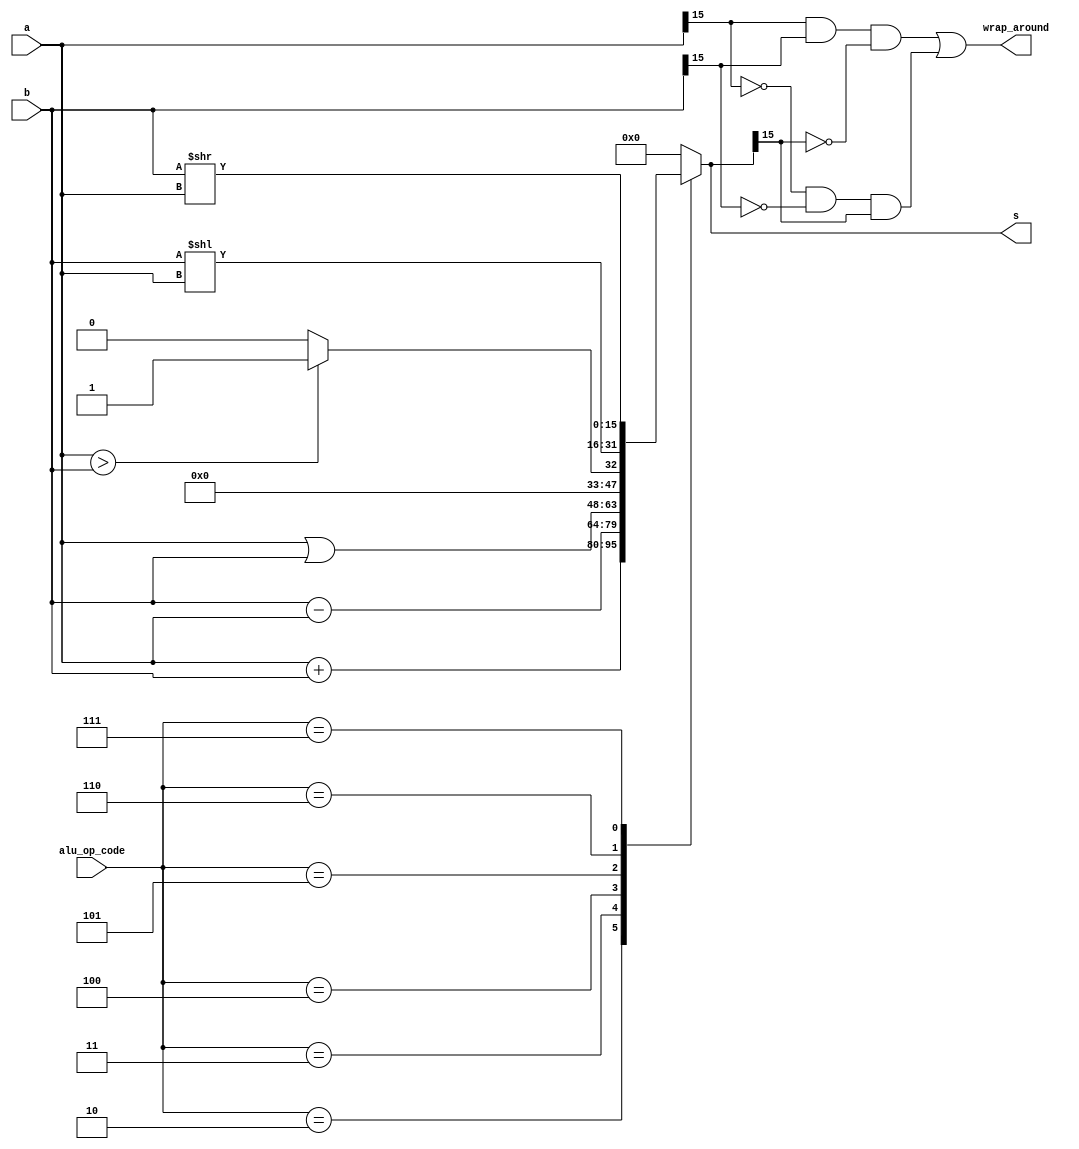
module ArithmeticLogicalUnit(
	input [2:0] alu_op_code,
	input [15:0] a, b,
	output reg [15:0] s,
	output wrap_around
);
/*
	010 - add regx, regy       rb[XXX]  [rb[XXX]]+[rb[YYY]]                     
	011 - sub regx, regy       rb[XXX]  [rb[XXX]]  [rb[YYY]]
	100 - or  regx, regy       rb[XXX]  [rb[XXX]] | [rb[YYY]]
	101 - slt regx, regy       If (rb[XXX] < rb[YYY]) [rb[XXX]] = 1 else [rb[XXX]] = 0
	110 - sll regx, regy       rb[XXX] = [rb[XXX]] << [rb[YYY]]
	111 - slr regx, regy       rb[XXX] = [rb[XXX]] >>[rb[YYY]] 
*/
	// 010 011 100 101 110 111
	reg extended_s;

	initial begin
		extended_s <= 0;
		s <= 16'b0;
	end

	always @(alu_op_code or a or b) begin
		case(alu_op_code)
			3'b010: begin
				{extended_s,s} <= a + b;
			end
			3'b011: begin
				{extended_s,s} <= b - a;				
			end
			3'b100: begin
				{extended_s,s} <= a | b;
			end
			3'b101: begin
				{extended_s,s} <= a > b ? 16'b1:16'b0;
			end
			3'b110: begin
				{extended_s,s} <= b << a;
			end
			3'b111: begin
				{extended_s,s} <= b >> a;				
			end
			default: begin
				extended_s <= 0;
				s <= 16'b0;
			end
		endcase
	end

	assign wrap_around = (a[15] & b[15] & ~s[15]) | ~a[15] & ~b[15] & s[15];

endmodule